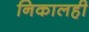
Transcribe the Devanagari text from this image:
निकालही